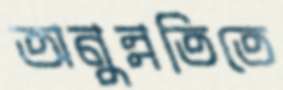
অনুন্নতিতে